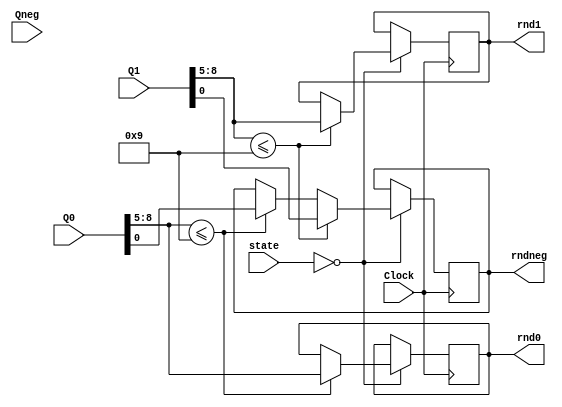
module random_BCD(Q0, Q1, Qneg, rnd0, rnd1, rndneg, state, Clock);
	input [8:0]Q0, Q1, Qneg;
	input [2:0]state;
	input Clock;
	output reg [3:0] rnd0, rnd1;	
	output reg rndneg;
	
	always @(posedge Clock) begin
	if (state == 0) begin
		
		if (Q0[8:5] <= 4'd9) begin 
			rnd0 <= Q0[8:5];
			rndneg <= Q0[0];
		end
		if (Q1[8:5] <= 4'd9) begin
			rnd1 <= Q1[8:5];
			rndneg <= Q1[0];
		end
		
	end
	end
endmodule // random_BCD